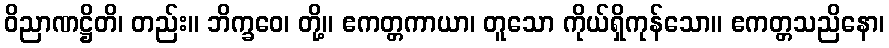
ဝိညာဏဋ္ဌိတိ၊ တည်း။ ဘိက္ခဝေ၊ တို့။ ဧကတ္တကာယာ၊ တူသော ကိုယ်ရှိကုန်သော။ ဧကတ္တသညိနော၊